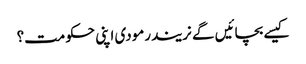
کیسے بچائیں گے نریندرمودی اپنی حکومت؟